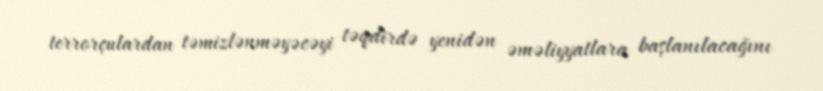
terrorçulardan təmizlənməyəcəyi təqdirdə yenidən əməliyyatlara başlanılacağını